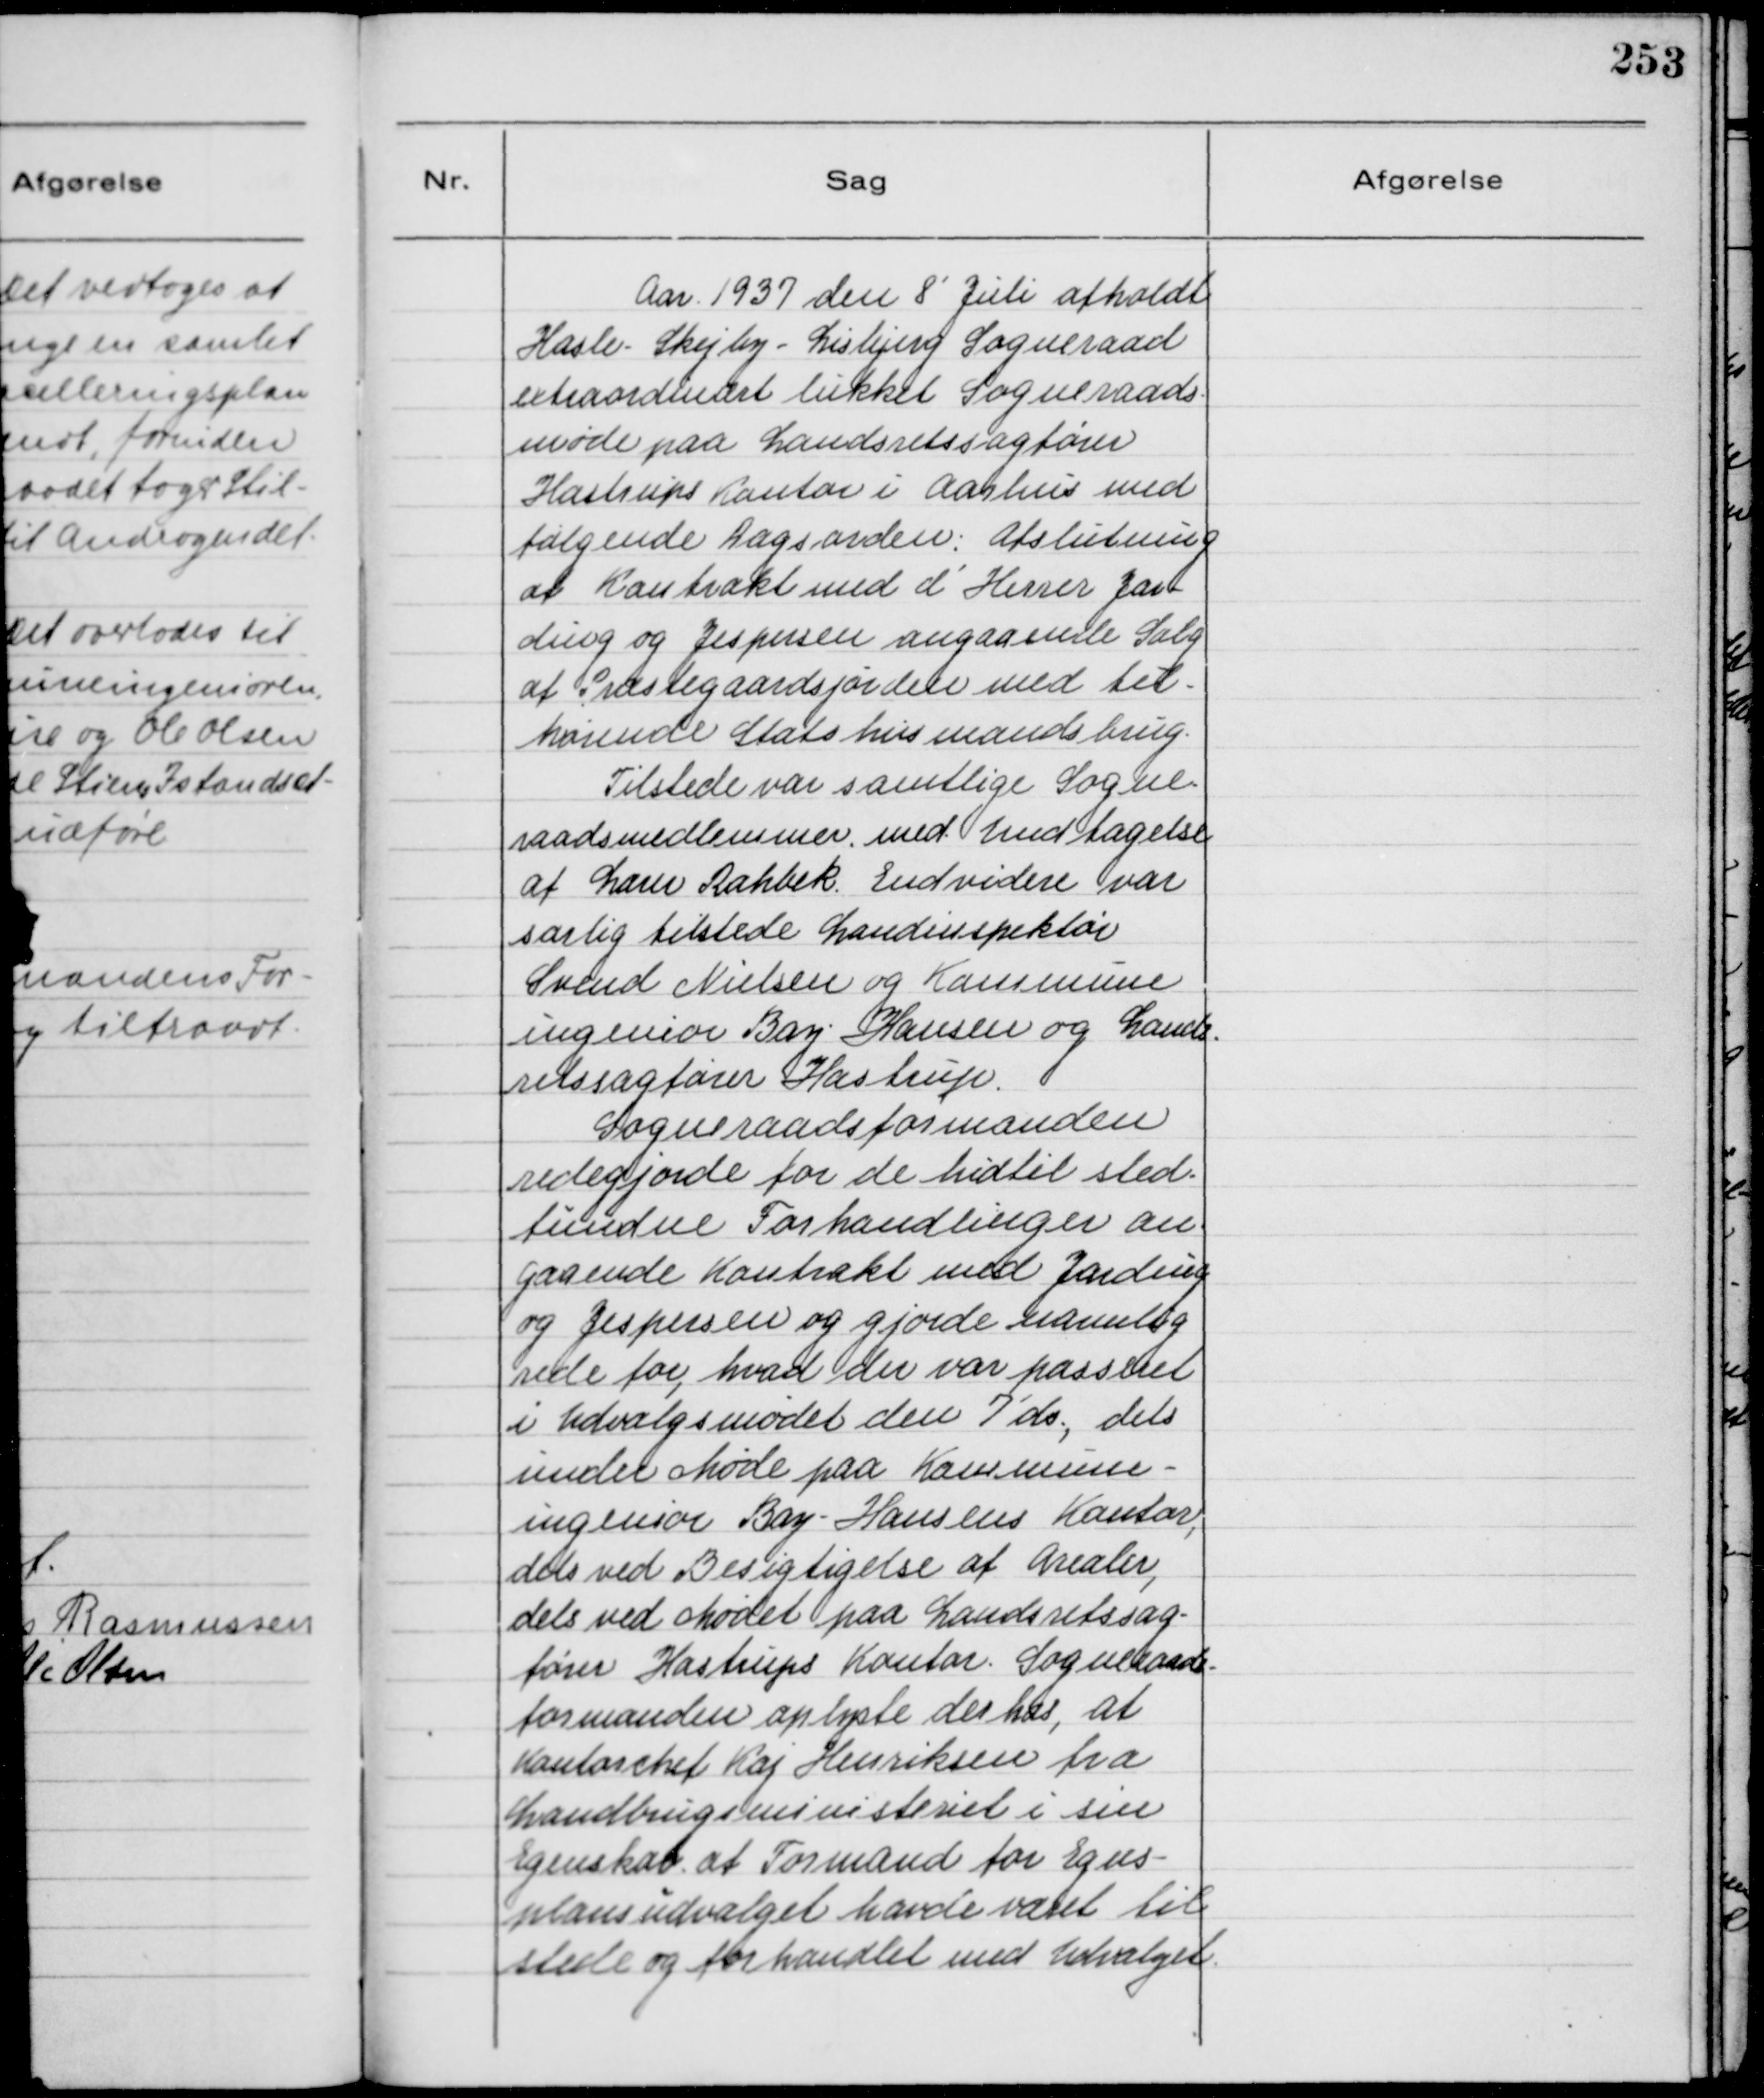
Transskription:
Aar 1937 den 8' Juli afholdt
Hasle - Skejby - Lisbjerg Sogneraad
extraordinært lukket Sogneraads-
møde paa Landsretssagfører
Hastrups Kontor i Aarhus med
følgende Dagsorden: Afslutning
af Kontrakt med d' Herrer Jar-
ding og Jespersen angaaende Salg
af Præstegaardsjorden med til-
hørende Statshus mandsbrug.
Tilstede var samtlige Sogne-
raadsmedlemmer med Undtagelse
af Lærer Rahbek. Endvidere var
særlig tilstede Landinspektør
Svend Nielsen og Kommune
ingeniør Bay Hansen og Lands-
retssagfører Hastrup.
Sogneraadsformanden
redegjorde for de hidtil sted-
fundne Forhandlinger an-
gaaende Kontrakt med Jarding
og Jespersen og gjorde navnlig
rede for, hvad der var passeret
i Udvalgsmødet den 7' ds., dels
under Mødet paa Kommune-
ingeniør Bay-Hansens Kontor,
dels ved Besigtigelse af Arealer,
dels ved Mødet paa Landsretssag-
fører Hastrups Kontor. Sogneraads-
formanden oplyste derhos, at
Kontorchef Kaj Henriksen fra
Landbrugsministeriet i sin
Egenskab af Formand for Egns-
plansudvalget havde været til
stede og forhandlet med Udvalget.